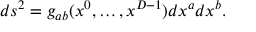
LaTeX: d s ^ { 2 } = g _ { a b } ( x ^ { 0 } , \ldots , x ^ { D - 1 } ) d x ^ { a } d x ^ { b } .